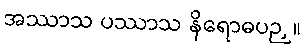
အဿာသ ပဿာသ နိရောဓပဉှ။